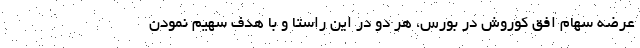
عرضه سهام افق کوروش در بورس، هر دو در این راستا و با هدف سهیم نمودن